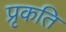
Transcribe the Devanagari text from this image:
प्रृकति